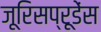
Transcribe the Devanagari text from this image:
जूरिसप्रूडेंस